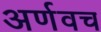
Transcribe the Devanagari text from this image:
अर्णवच